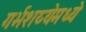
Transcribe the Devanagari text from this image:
गर्भशय्येमध्ये